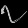
Digit: ၇